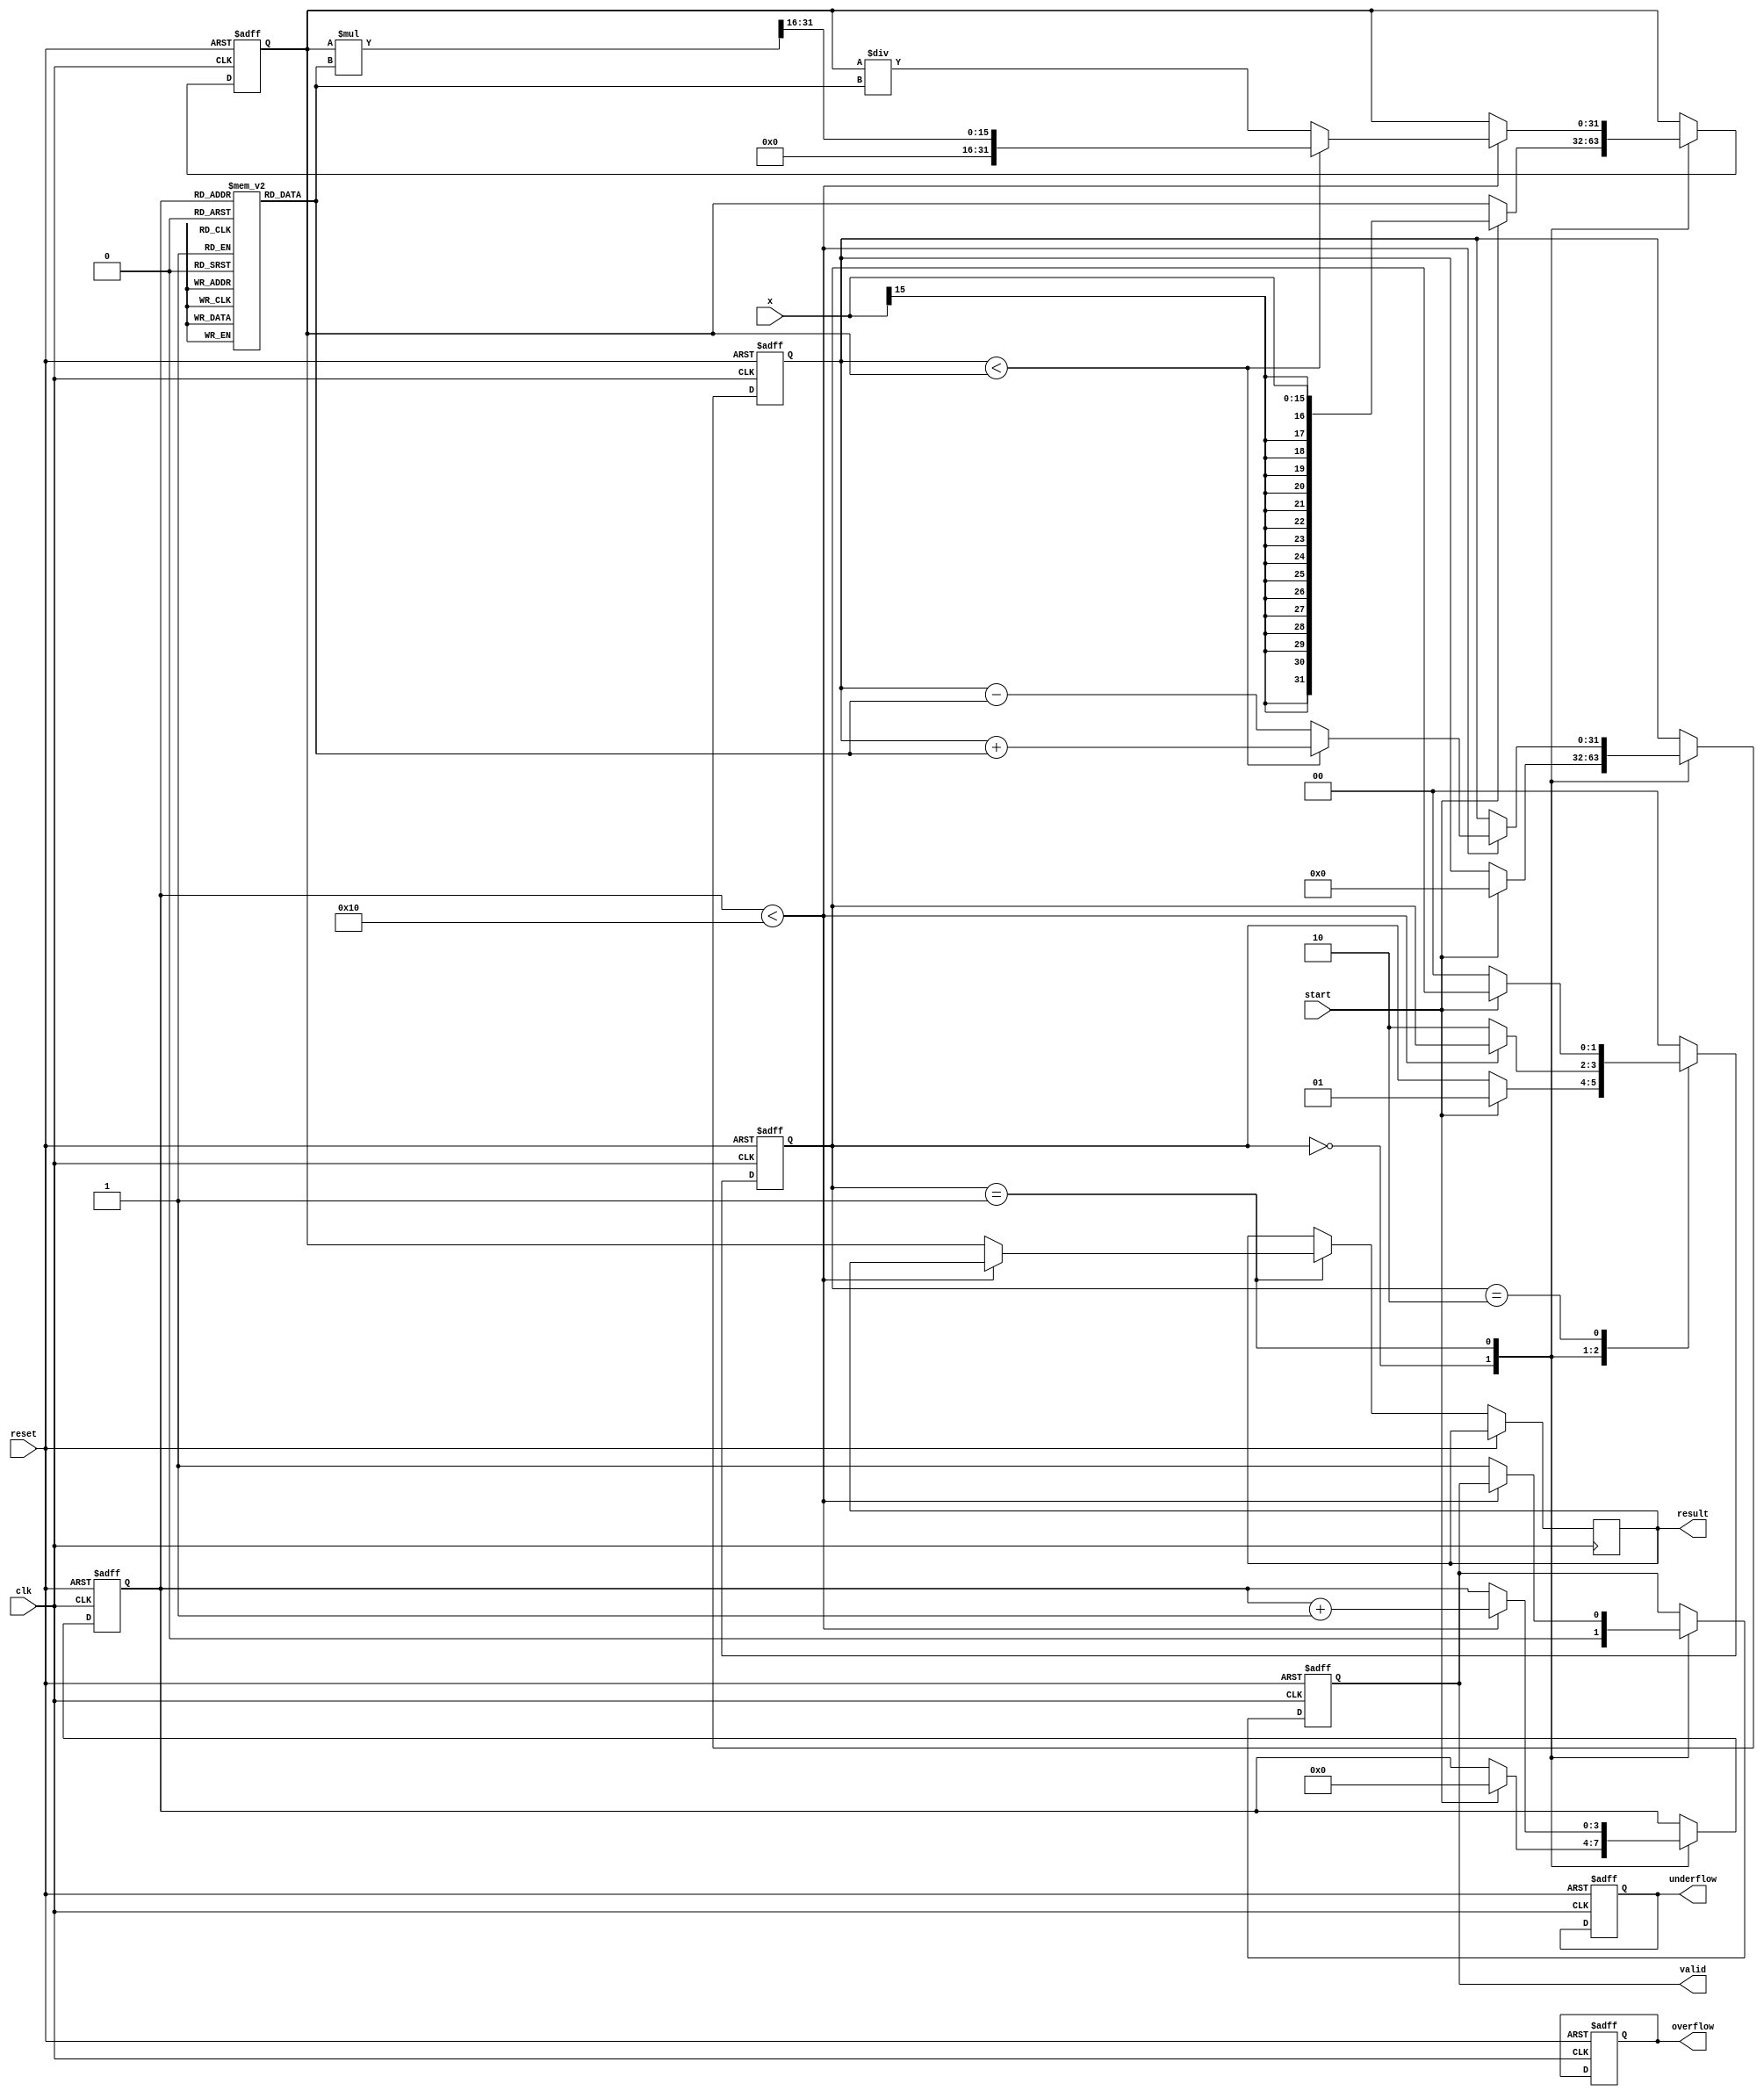
module CORDIC_Exponential (
    input wire clk,
    input wire reset,
    input wire start,
    input wire signed [15:0] x,       // Input value (fixed-point)
    output reg signed [31:0] result,   // Output result (fixed-point)
    output reg valid,                   // Valid signal for output
    output reg overflow,                // Overflow flag
    output reg underflow                // Underflow flag
);

    // Parameters
    parameter ITERATIONS = 16;          // Number of CORDIC iterations
    parameter FIXED_POINT_FRACTION_BITS = 16; // Number of fractional bits for fixed-point representation

    // Internal Registers
    reg signed [31:0] X_reg;            // X register
    reg signed [31:0] Z_reg;            // Z register (accumulated value)
    reg [3:0] iteration_counter;        // Iteration counter
    reg [1:0] state;                    // State machine

    // State Encoding
    localparam IDLE       = 2'b00;
    localparam COMPUTE    = 2'b01;
    localparam DONE       = 2'b10;

    // Pre-computed constants (K values for CORDIC)
    reg signed [31:0] K_table [0:ITERATIONS-1];
    initial begin
        K_table[0]  = 32'h00000001;  // K0 ~ 1.0
        // Populate K_table with appropriate scaling factors ...
        // For simplicity, here we would need actual K values based on actual CORDIC values.
        // Fill in all K values
    end

    // x = exp(x) calculation logic, using the CORDIC algorithm
    always @(posedge clk or posedge reset) begin
        if (reset) begin
            X_reg <= 0;
            Z_reg <= 0;
            iteration_counter <= 0;
            state <= IDLE;
            valid <= 0;
            overflow <= 0;
            underflow <= 0;
        end else begin
            case(state)
                IDLE: begin
                    if (start) begin
                        X_reg <= x;                 // Initialize X with input x
                        Z_reg <= 0;                 // Initialize Z to 0
                        iteration_counter <= 0;     // Reset iteration count
                        state <= COMPUTE;           // Move to compute state
                    end
                    valid <= 0;                   // Not valid yet
                end
                
                COMPUTE: begin
                    if (iteration_counter < ITERATIONS) begin
                        // Perform CORDIC rotation for Exponential
                        if (Z_reg < X_reg) begin
                            Z_reg <= Z_reg + K_table[iteration_counter]; // Update Z
                            X_reg <= X_reg * K_table[iteration_counter] >> FIXED_POINT_FRACTION_BITS; // Update X
                        end else begin
                            Z_reg <= Z_reg - K_table[iteration_counter]; // Update Z
                            X_reg <= X_reg / K_table[iteration_counter]; // Update X
                        end
                        iteration_counter <= iteration_counter + 1; // Increment iteration counter
                    end else begin
                        result <= X_reg;               // Set result after iterations
                        valid <= 1;                    // Output is valid
                        state <= DONE;                 // Move to done state
                    end
                end
                
                DONE: begin
                    // Complete and wait for next start signal
                    if (!start) begin
                        state <= IDLE;               // Return to idle if start is low
                    end
                end
                
                default: begin
                    state <= IDLE;                  // Reset state on unknown state
                end
            endcase
        end
    end

endmodule